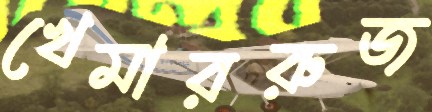
খেমাররুজ